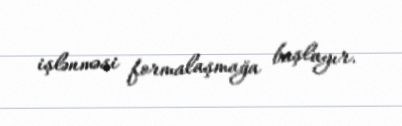
işlənməsi formalaşmağa başlayır.